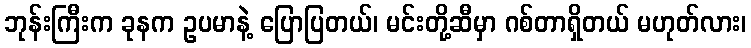
ဘုန်းကြီးက ခုနက ဥပမာနဲ့ ပြောပြတယ်၊ မင်းတို့ဆီမှာ ဂစ်တာရှိတယ် မဟုတ်လား၊